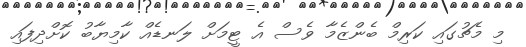
މި މެޗުގައި ކަރިމް ބެންޒެމާ ވެސް އެ ޓީމަށް ލަނޑެއް ކާމިޔާބު ކޮށްދިފައި